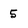
Character: 5